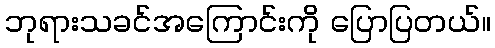
ဘုရားသခင်အကြောင်းကို ပြောပြတယ်။